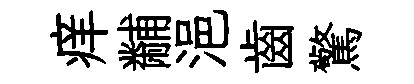
痒黼浥齒驚